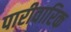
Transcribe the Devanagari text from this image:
पारीवारिक